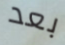
بعد